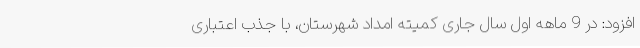
افزود: در 9 ماهه اول سال جاری کمیته امداد شهرستان، با جذب اعتباری